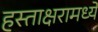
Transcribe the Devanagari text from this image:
हस्ताक्षरामध्ये